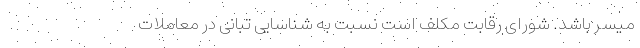
میسر باشد. شورای رقابت مکلف است نسبت به شناسایی تبانی در معاملات